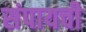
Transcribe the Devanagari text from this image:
संपायची